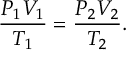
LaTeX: { \frac { P _ { 1 } V _ { 1 } } { T _ { 1 } } } = { \frac { P _ { 2 } V _ { 2 } } { T _ { 2 } } } .